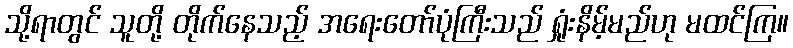
သို့ရာတွင် သူတို့ တိုက်နေသည့် အရေးတော်ပုံကြီးသည် ရှုံးနိမ့်မည်ဟု မထင်ကြ။